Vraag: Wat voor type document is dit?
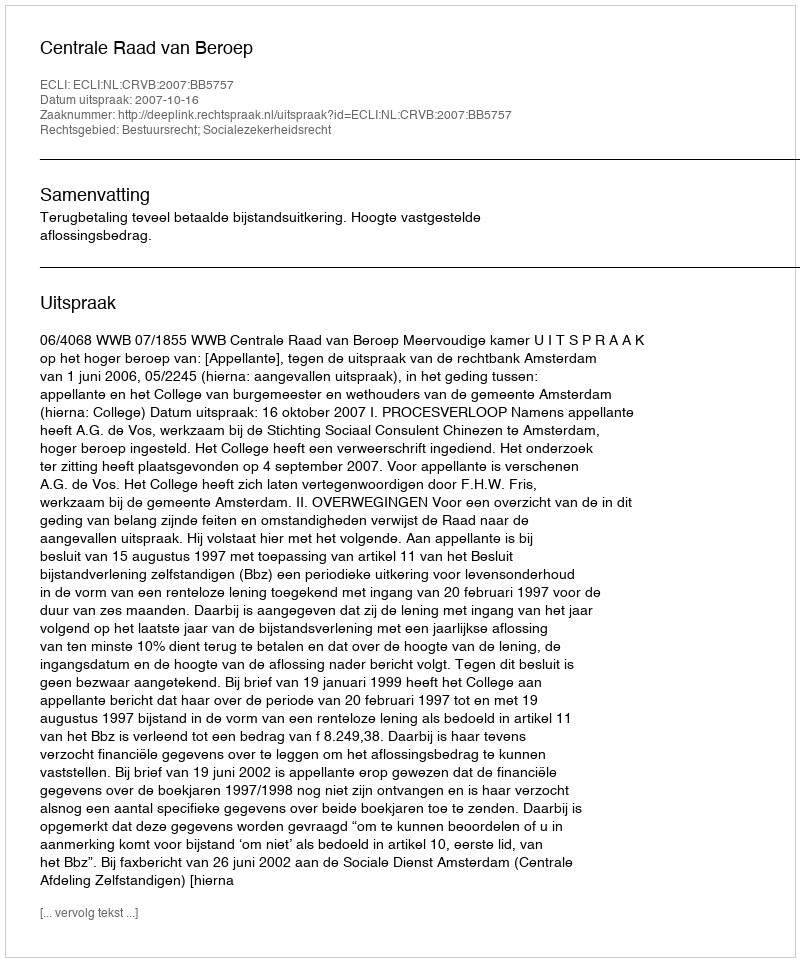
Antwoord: Uitspraak